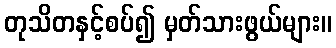
တုသိတနှင့်စပ်၍ မှတ်သားဖွယ်များ။